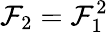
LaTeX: \mathcal{F}_{2}=\mathcal{F}_{1}^{2}